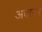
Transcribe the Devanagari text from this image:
अवातर